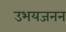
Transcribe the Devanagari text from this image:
उभयजनन